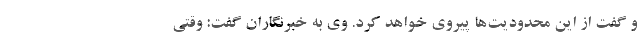
و گفت از این محدودیت‌ها پیروی خواهد کرد. وی به خبرنگاران گفت: وقتی